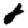
Digit: 8